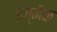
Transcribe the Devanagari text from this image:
इग्नैक